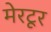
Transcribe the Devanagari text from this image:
मेरटूर